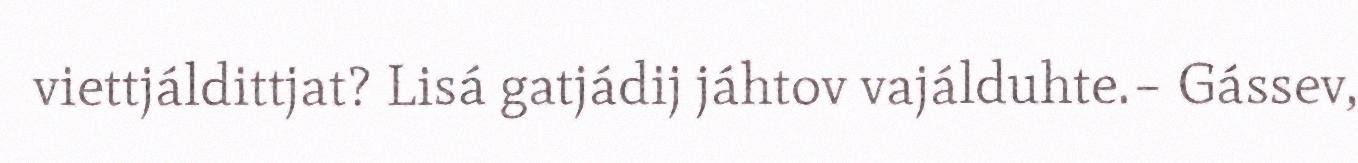
viettjáldittjat? Lisá gatjádij jáhtov vajálduhte.– Gássev,